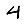
Digit: 4